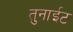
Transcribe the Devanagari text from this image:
तुनाईट